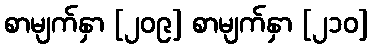
စာမျက်နှာ [၂၀၉] စာမျက်နှာ [၂၁၀]